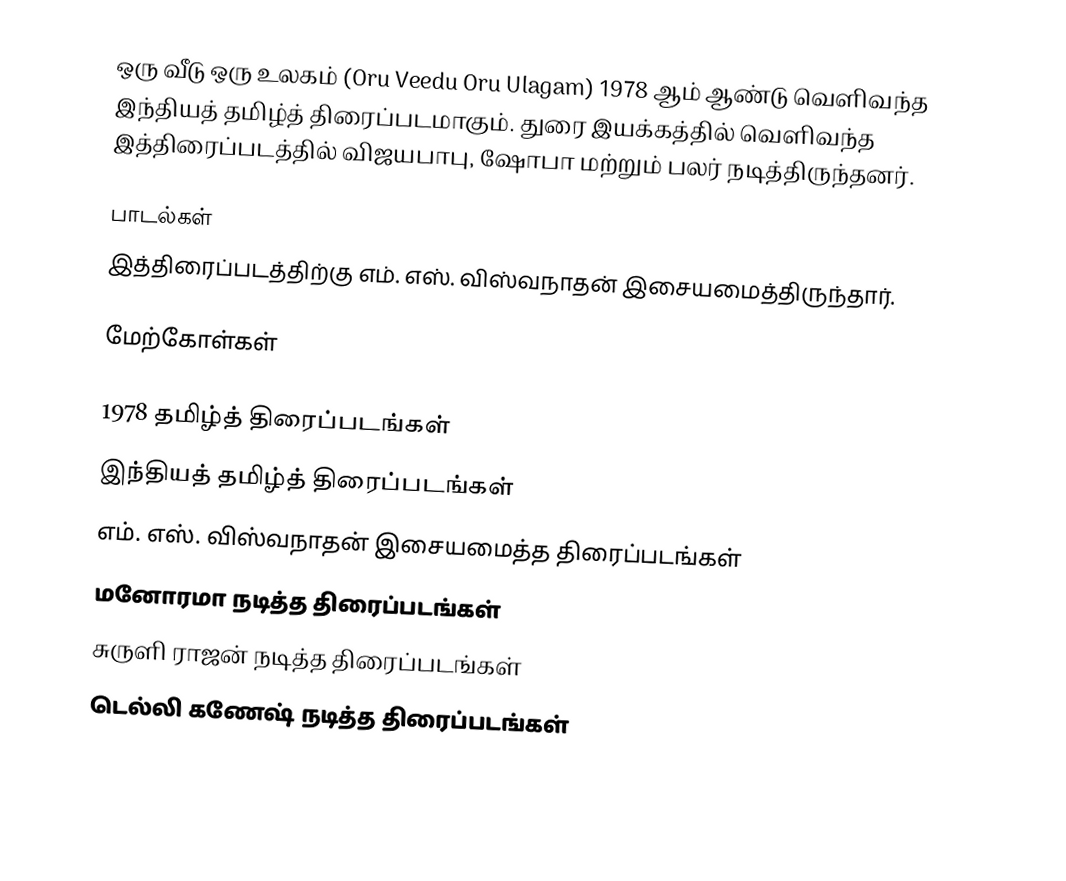
ஒரு வீடு ஒரு உலகம் (Oru Veedu Oru Ulagam) 1978 ஆம் ஆண்டு வெளிவந்த இந்தியத் தமிழ்த் திரைப்படமாகும். துரை இயக்கத்தில் வெளிவந்த இத்திரைப்படத்தில் விஜயபாபு, ஷோபா மற்றும் பலர் நடித்திருந்தனர்.

பாடல்கள்
இத்திரைப்படத்திற்கு எம். எஸ். விஸ்வநாதன் இசையமைத்திருந்தார்.

மேற்கோள்கள்

1978 தமிழ்த் திரைப்படங்கள்
இந்தியத் தமிழ்த் திரைப்படங்கள்
எம். எஸ். விஸ்வநாதன் இசையமைத்த திரைப்படங்கள்
மனோரமா நடித்த திரைப்படங்கள்
சுருளி ராஜன் நடித்த திரைப்படங்கள்
டெல்லி கணேஷ் நடித்த திரைப்படங்கள்